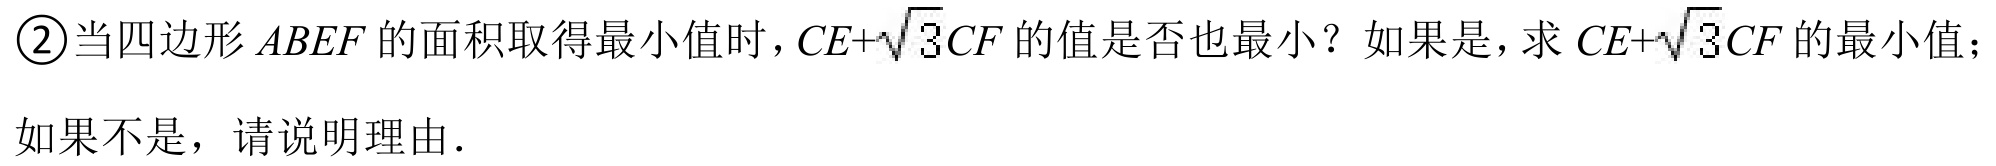
\textcircled{2}当四边形\(ABEF\)的面积取得最小值时，\(CE + \sqrt{3}CF\)的值是否也最小？如果是，求\(CE+\sqrt{3}CF\)的最小值；
如果不是，请说明理由.